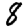
Digit: 8